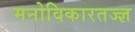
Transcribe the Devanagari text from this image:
मनोविकारतज्‍ज्ञ